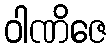
ဝါဏိဇေ